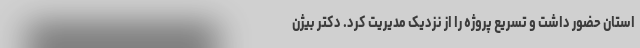
استان حضور داشت و تسریعِ پروژه را از نزدیک مدیریت کرد. دکتر بیژن